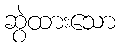
ဆွဲထားသော